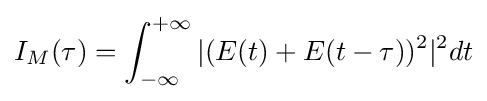
I_{M}(\tau )=\int _{-\infty }^{+\infty }|(E(t)+E(t-\tau ))^{2}|^{2}dt